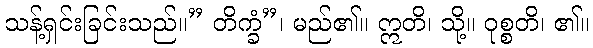
သန့်ရှင်းခြင်းသည်။” တိက္ခံ”၊ မည်၏။ ဣတိ၊ သို့။ ဝုစ္စတိ၊ ၏။